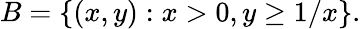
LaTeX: B=\{ (x,y):x>0,y\geq 1/x\} .